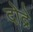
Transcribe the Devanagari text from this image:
दोद्रे